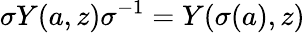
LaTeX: \sigma Y(a,z)\sigma^{-1}=Y(\sigma(a),z)